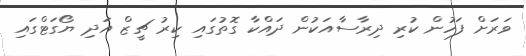
ވަރަށް ފަހުން ކުރި ދިރާސާއަކުން ދައްކާ ގޮތުގައި ކިރު ޗީޒް އަދި ޔޯގަޓްގައި